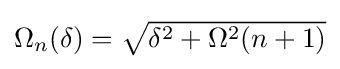
{\textstyle \Omega _{n}(\delta )={\sqrt {\delta ^{2}+\Omega ^{2}(n+1)}}}